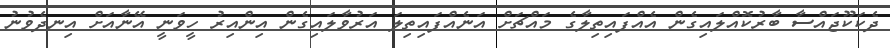
ދެކަކޫޖައްސާ ބާރުކޮއްލައިގެން އެއްފައިތިލާގެ މައްޗަށް އަނެއްފައިތިލަ އަރުވާލައިގެން އިންއިރު ހީވަނީ އޭނާއަށް އިނދެވުނު